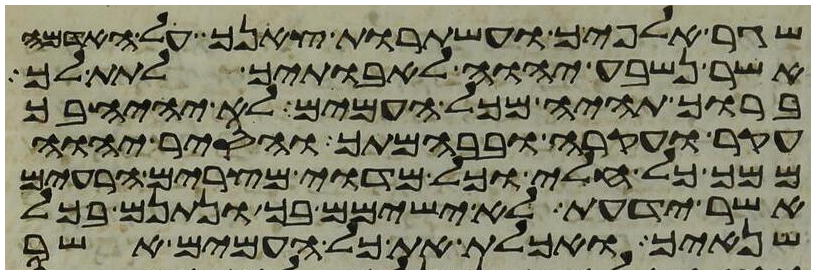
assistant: שגר אלפיך ועשתרות צאנך על האדמה
אשר נשבע יהוה לאבתיך לתת לך
ברוך תהיה מכל העמים לא יהיה בך
עקר ועקרה ובבהמתך והסיר יהוה
ממך כל חלי וכל מדוי מצרים הרעים
אשר ידעת לא ישימם בך ונתנם בכל
שנאיך ואכלת את כל העמים אשר